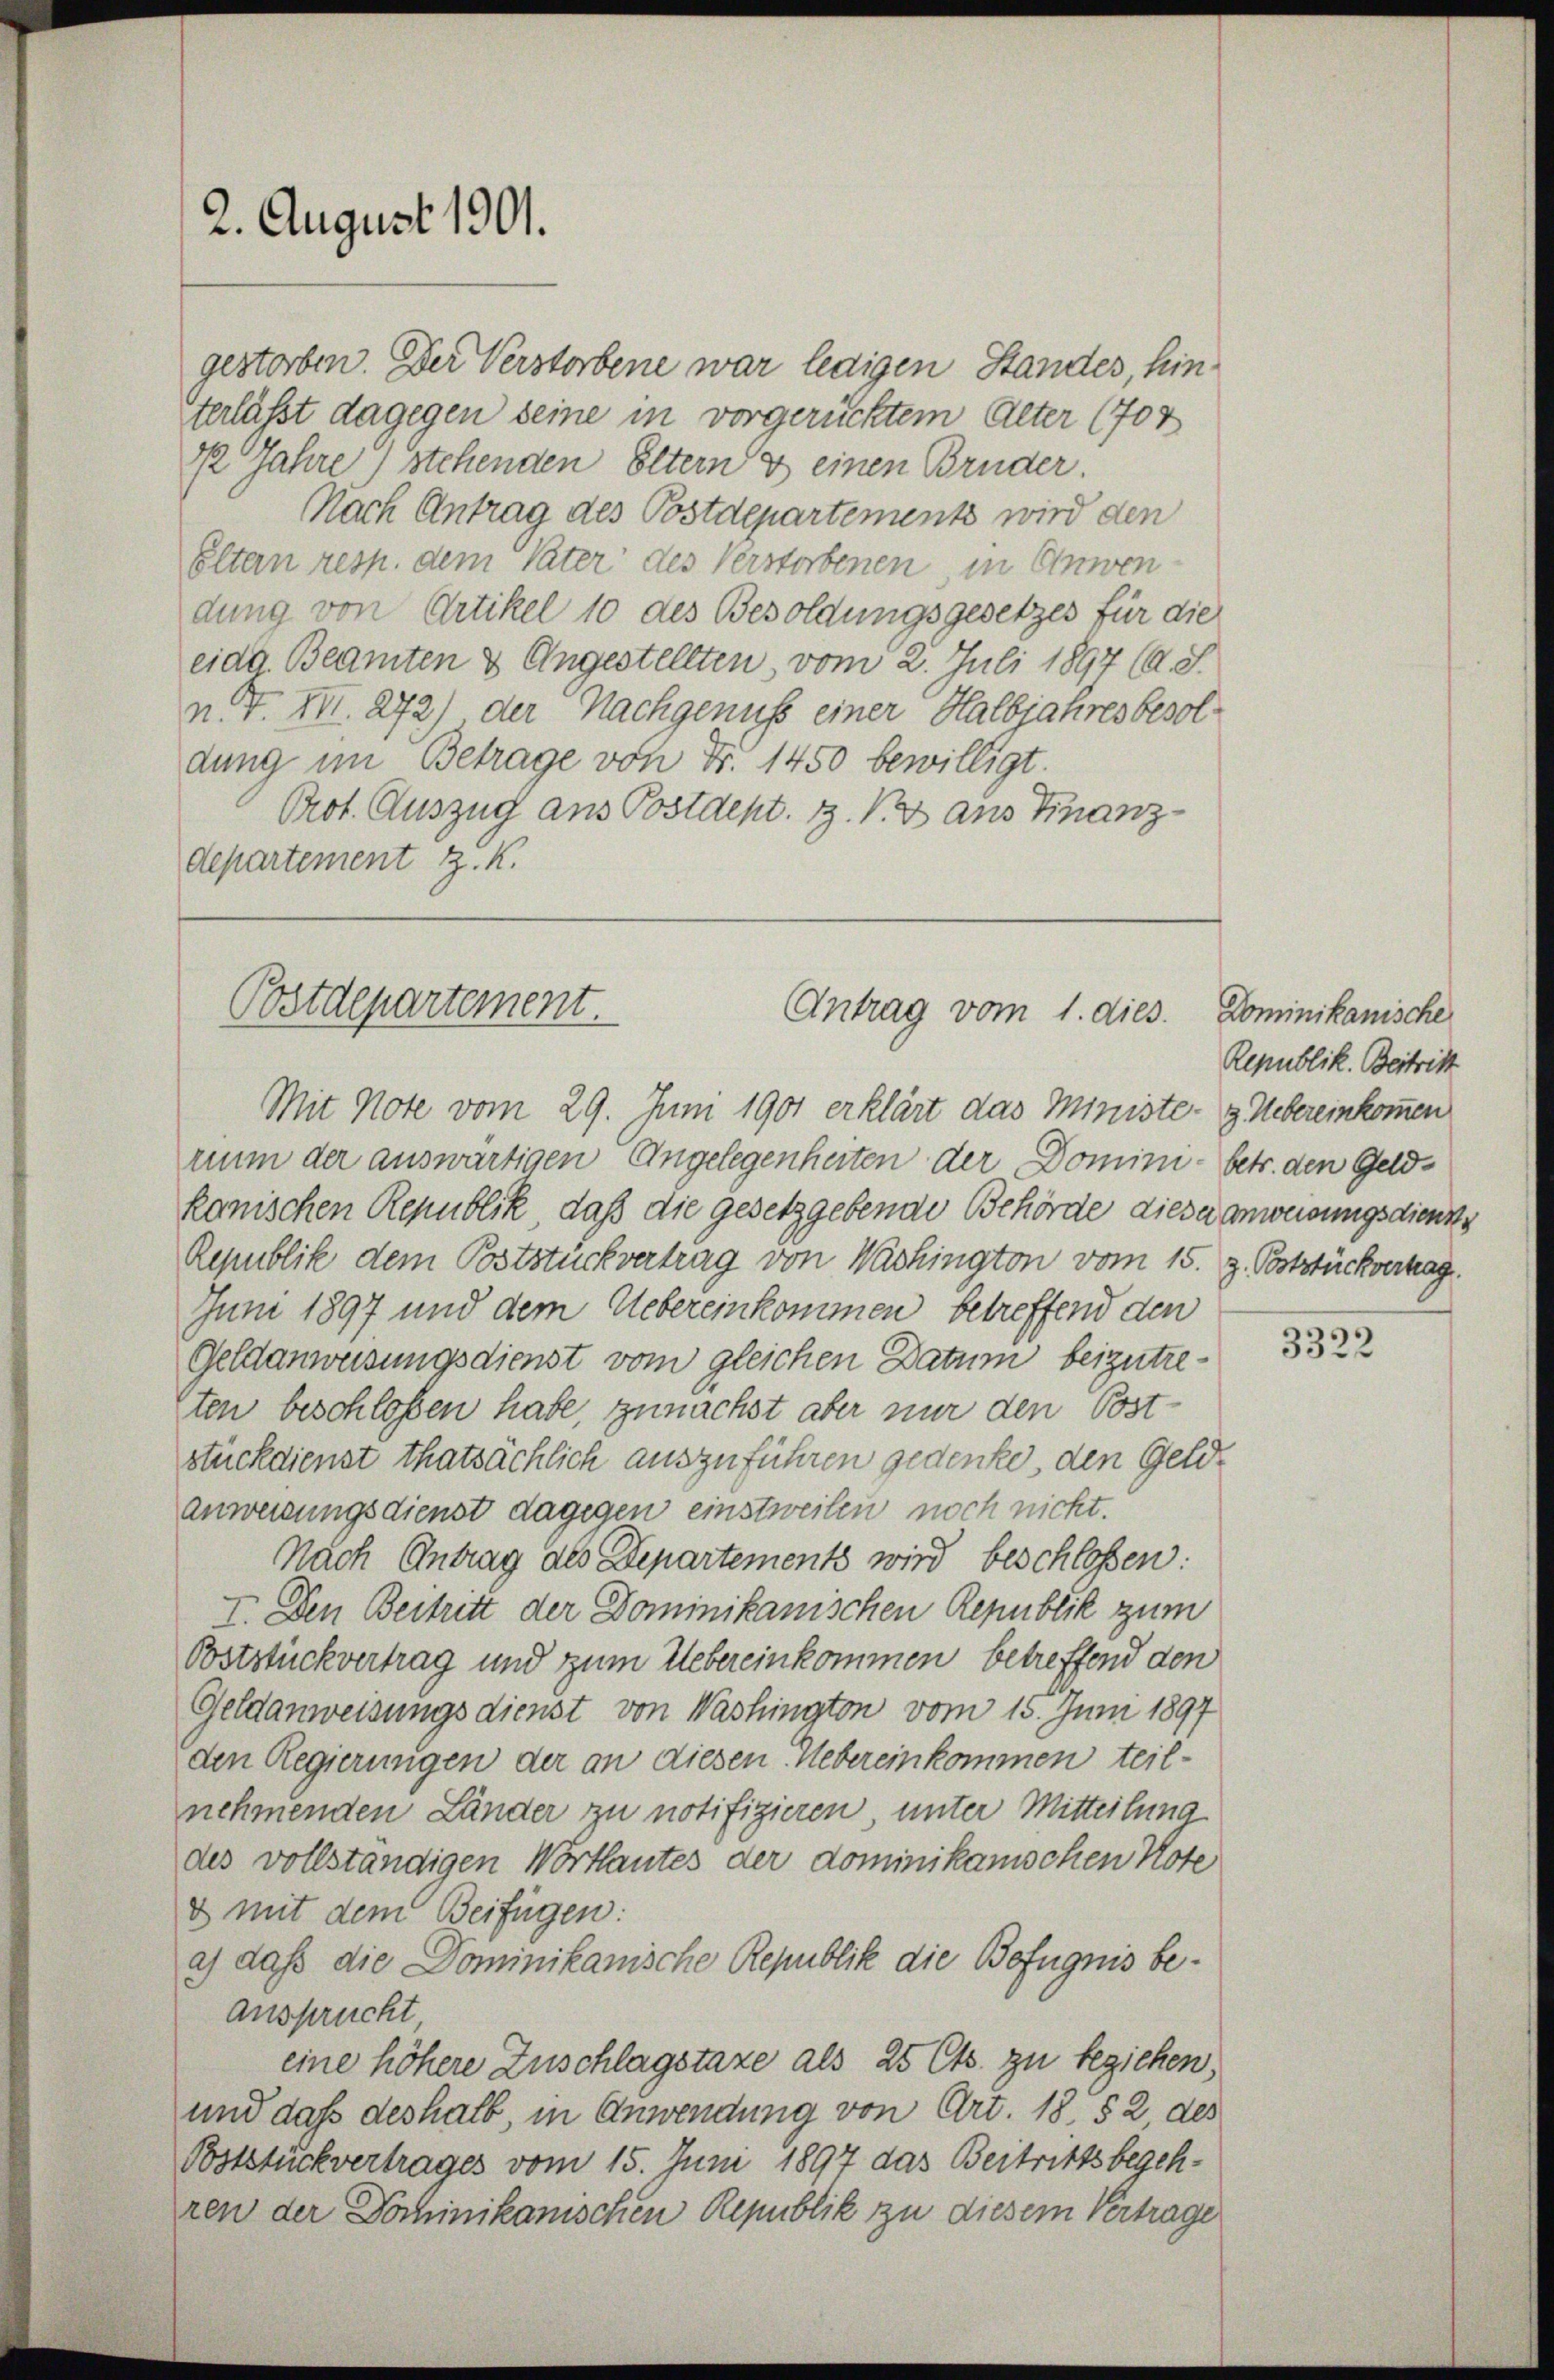
2. August 1901.

½ Jahre) stehenden Eltern & einen Bruder.
Nach Antrag des Postdepartements wird den
Eltern resp. dem Vater des Verstorbenen, in Einwendung von Artikel 10 des Besoldungsgesetzes für die
eidg. Beamten & Angestellten vom 2. Juli 1897 (A. S.
n. F. VII. 272) der Nachgenuss einer Halbjahres besoldung im Betrage von Nr. 1450 bewilligt.
Prot. Auszug aus Postdept. Z. V. aus Finanzdepartement z. K.

Postdepartement.
Antrag vom 1. dies
Mit Note vom 29. Juni 1901 erklärt das Ministe- & Uebereinkommen

rium der auswärtigen Angelegenheiten der Domini- betr. den Geldkanischen Republik, daß die gesetzgebende Behörde diese anweisungsdient
Republik dem Poststückvertrag von Washington vom 15. z. Poststückverhag
Juni 1897 und dem Uebereinkommen betreffend den
Geldanweisungsdienst vom gleichen Datum beizutrezten beschloßen habe, zunächst aber nur den Post-
stückdienst thatsächlich auszuführen gedenke, den Geldanweisungsdienst dagegen einstweilen noch nicht.
Nach Antrag des Departements wird beschlossen:
I. Den Beitritt der Dominikanischen Republik zum
Poststückvertrag und zum Uebereinkommen betreffend den
Geldanweisungsdienst von Washington vom 15. Juni 1897
den Regierungen der an diesen Uebereinkommen teilnehmenden Länder zu notifizieren unter Mitteilung
des vollständigen Wortlautes der dominikanischen Note
d mit dem Beifügen:
a) daß die Dominikanische Republik die Befugnis be¬
Ansprucht
eine höhere Zuschlagstaxe als 25 Cts. zu beziehen,
und dass deshalb, in Anwendung von Art. 18, § 2 des
Poststuckvertrages vom 15. Juni 1897 das Beitrittsbegehren der Dominikanischen Republik zu diesem Vertrage

gestorben. Der Verstorbene war ledigen Standes, hinterlässt dagegen seine in vorgerücktem Alter (708

Dominikanische
Republik. Beitritt

3322